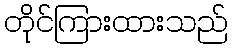
တိုင်ကြားထားသည်